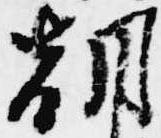
朝